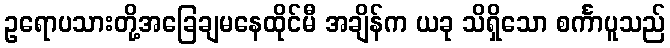
ဥရောပသားတို့အခြေချမနေထိုင်မီ အချိန်က ယခု သိရှိသော စင်္ကာပူသည်